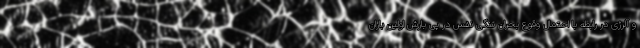
و آلرژی در رابطه با احتمال وقوع بحران تنگی نفس در پی بارش اولین باران